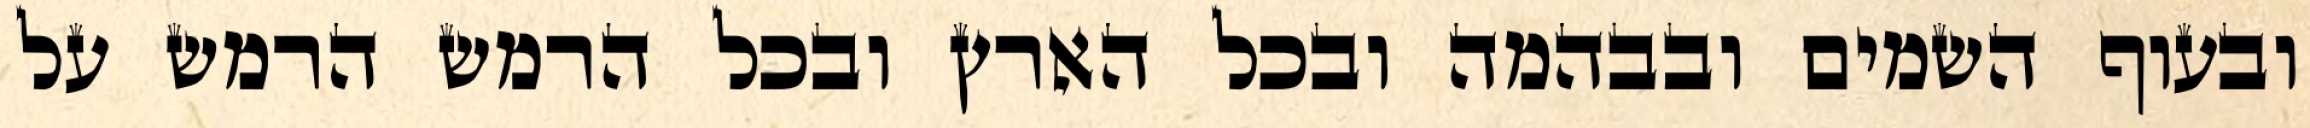
ובעוף השמים ובבהמה ובכל הארץ ובכל הרמש הרמש על